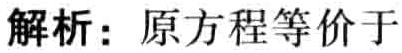
解析：原方程等价于